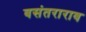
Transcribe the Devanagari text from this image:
वसंतराराव